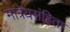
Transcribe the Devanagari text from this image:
मात्रेयसंहिता